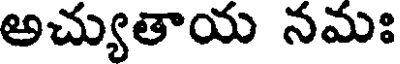
అచ్యుతాయ నమః